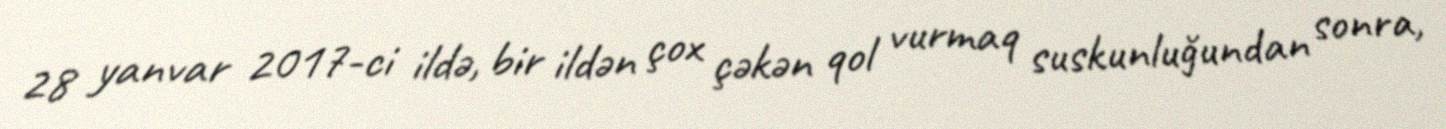
28 yanvar 2017-ci ildə, bir ildən çox çəkən qol vurmaq suskunluğundan sonra,